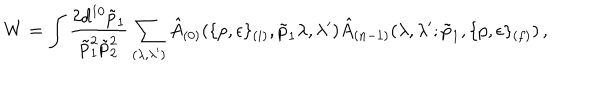
LaTeX: W = \int \frac { 2 d ^ { 1 0 } \tilde { p } _ { 1 } } { \tilde { p } _ { 1 } ^ { 2 } \tilde { p } _ { 2 } ^ { 2 } } \sum _ { ( \lambda , \lambda ^ { \prime } ) } \hat { A } _ { ( 0 ) } ( \{ p , \epsilon \} _ { ( i ) } , \tilde { p } _ { 1 } \lambda , \lambda ^ { \prime } ) \hat { A } _ { ( n - 1 ) } ( \lambda , \lambda ^ { \prime } ; \tilde { p } _ { 1 } , \{ p , \epsilon \} _ { ( f ) } ) \, ,